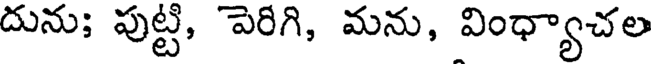
దును; పుట్టి, పెరిగి, మను, వింధ్యాచల